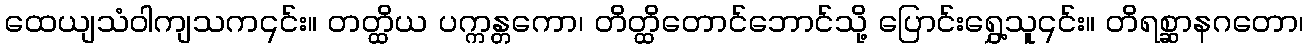
ထေယျသံဝါကျသက၎င်း။ တတ္ထိယ ပက္ကန္တကော၊ တိတ္ထိတောင်ဘောင်သို့ ပြောင်းရွှေ့သူ၎င်း။ တိရစ္ဆာနဂတော၊